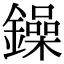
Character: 鐰